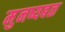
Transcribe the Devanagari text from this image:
मुनष्यबळ